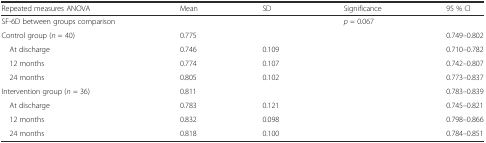
<table><thead><tr><td><b>Repeated measures ANOVA</b></td><td><b>Mean</b></td><td><b>SD</b></td><td><b>Significance</b></td><td><b>95 % Cl</b></td></tr></thead><tbody><tr><td>SF-6D between groups comparison</td><td></td><td></td><td><i>p</i> = 0.067</td><td></td></tr><tr><td>Control group (<i>n</i> = 40)</td><td>0.775</td><td></td><td></td><td>0.749–0.802</td></tr><tr><td> At discharge</td><td>0.746</td><td>0.109</td><td></td><td>0.710–0.782</td></tr><tr><td> 12 months</td><td>0.774</td><td>0.107</td><td></td><td>0.742–0.807</td></tr><tr><td> 24 months</td><td>0.805</td><td>0.102</td><td></td><td>0.773–0.837</td></tr><tr><td>Intervention group (<i>n</i> = 36)</td><td>0.811</td><td></td><td></td><td>0.783–0.839</td></tr><tr><td> At discharge</td><td>0.783</td><td>0.121</td><td></td><td>0.745–0.821</td></tr><tr><td> 12 months</td><td>0.832</td><td>0.098</td><td></td><td>0.798–0.866</td></tr><tr><td> 24 months</td><td>0.818</td><td>0.100</td><td></td><td>0.784–0.851</td></tr></tbody></table>